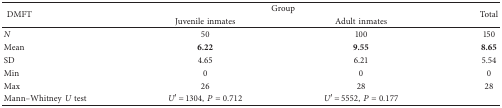
| <ROWSPAN=2> DMFT | <COLSPAN=2> Group | <ROWSPAN=2> Total |
 | Juvenile inmates | Adult inmates |
 | --- | --- | --- | --- |
 | N | 50 | 100 | 150 |
 | Mean | 6.22 | 9.55 | 8.65 |
 | SD | 4.65 | 6.21 | 5.54 |
 | Min | 0 | 0 | 0 |
 | Max | 26 | 28 | 28 |
 | Mann–Whitney U test | U′ = 1304, P=0.712 | U′ = 5552, P=0.177 |  |